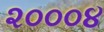
૨૦૦૦૪